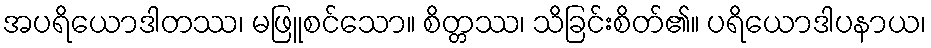
အပရိယောဒါတဿ၊ မဖြူစင်သော။ စိတ္တဿ၊ သိခြင်းစိတ်၏။ ပရိယောဒါပနာယ၊